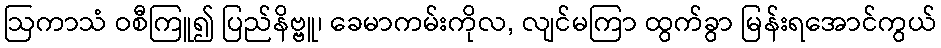
ဩကာသံ ဝစီကြူ၍ ပြည်နိဗ္ဗူ၊ ခေမာကမ်းကိုလ, လျင်မကြာ ထွက်ခွာ မြန်းရအောင်ကွယ်